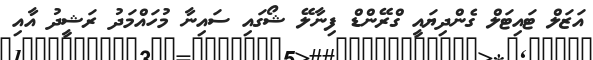
އަޒަލް ޓައިޓަލް ގެންދިޔައީ ގްރޭންޑް ފިނާލޭ ޝޯގައި ސައިނާ މުހައްމަދު ރަޝީދު އާއި